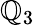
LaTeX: \mathbb{Q}_{3}